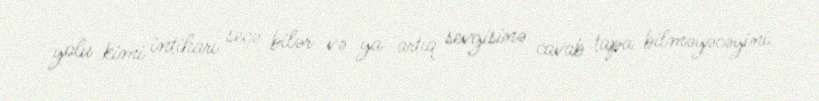
yolu kimi intiharı seçə bilər və ya artıq sevgisinə cavab tapa bilməyəcəyini